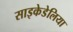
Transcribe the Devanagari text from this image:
साइकेडेलिया